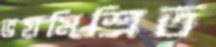
ভয়মিশ্রিত